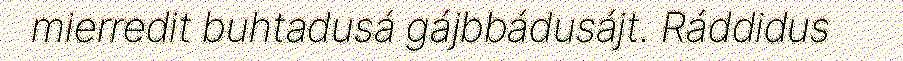
mierredit buhtadusá gájbbádusájt. Ráddidus